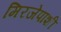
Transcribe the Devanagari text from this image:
मिरजेपाशी